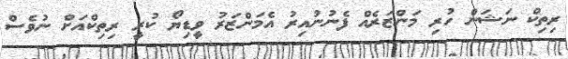
ރިތިކް ނަޝަން ހުރި މަންޒަރެއް ފެނުނުއިރު އެމަންޒަރު ވީޑިޔޯ ކުރީ ރިތިކްއަށް ނުވެސް